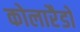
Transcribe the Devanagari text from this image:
कोलारैडो